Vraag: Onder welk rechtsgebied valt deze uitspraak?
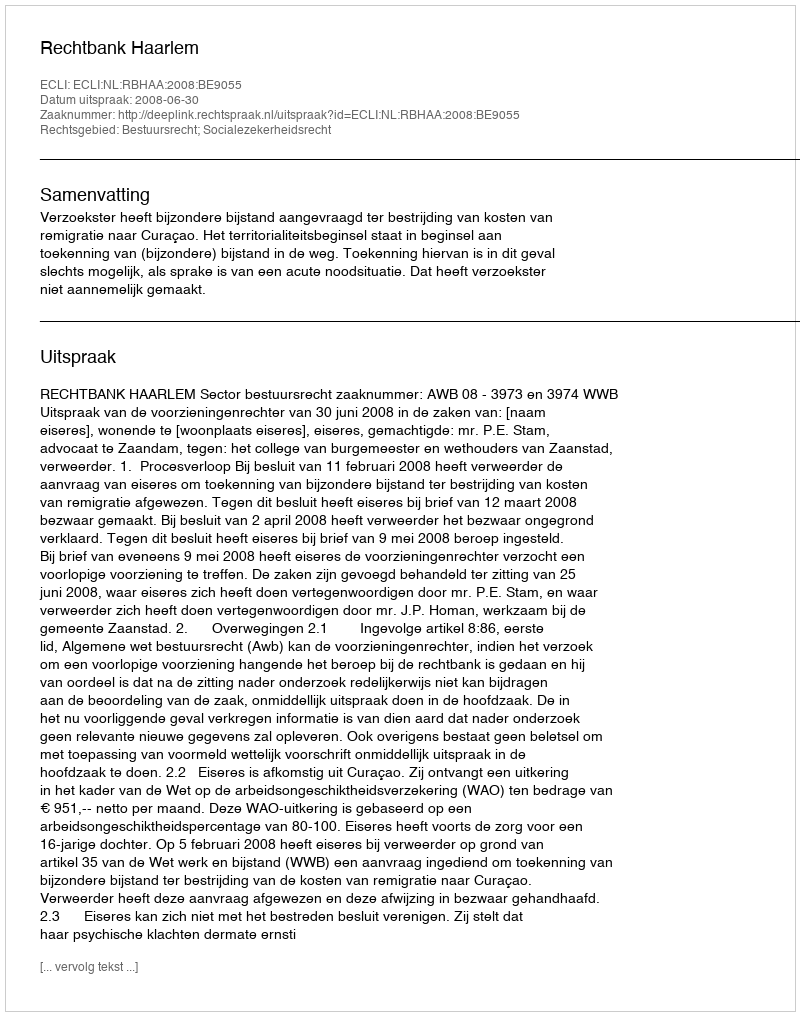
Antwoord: Bestuursrecht; Socialezekerheidsrecht